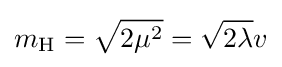
m_{\text{H}}={\sqrt {2\mu ^{2}}}={\sqrt {2\lambda }}v